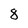
Character: 8